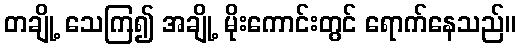
တချို့ သေကြ၍ အချို့ မိုးကောင်းတွင် ရောက်နေသည်။